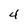
Character: 4